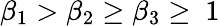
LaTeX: \beta_{1}>\beta_{2}\ge\beta_{3}\ge~1